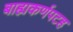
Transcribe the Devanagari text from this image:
बाह्यकर्णपटह